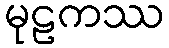
မုဠကဿ